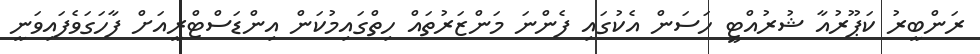
ރަންބީރު ކަޕޫރުއާ ޝުރުއްޓީ ހަސަން އެކުގައި ފެންނަ މަންޒަރުތައް ހިތްގައިމުކަން އިންޑަސްޓްރީއަށް ފާހަގަވެފައިވަނީ